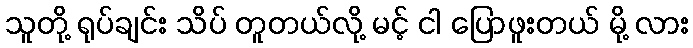
သူတို့ ရုပ်ချင်း သိပ် တူတယ်လို့ မင့် ငါ ပြောဖူးတယ် မို့ လား